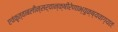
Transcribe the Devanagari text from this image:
एवंकृत्वाबलीन्सर्वान्क्षीरेणाभ्युक्ष्यवाग्यतः